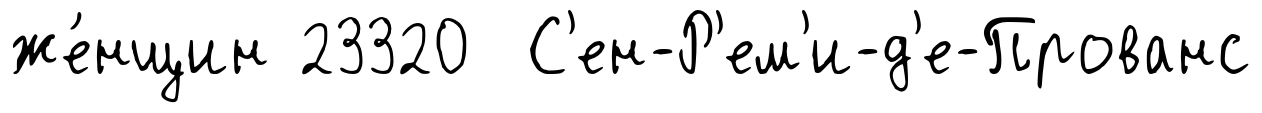
же́нщин 23320 С'ен-Р'ем'и-д'е-Прованс